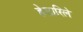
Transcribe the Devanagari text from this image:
हेसारिले